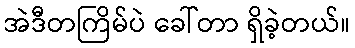
အဲဒီတကြိမ်ပဲ ခေါ်တာ ရှိခဲ့တယ်။